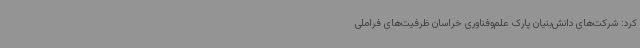
کرد: شرکت‌های دانش‌بنیان پارک علم‌وفناوری خراسان ظرفیت‌های فراملی